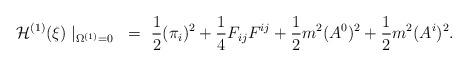
LaTeX: \begin{align*}{\cal H}^{(1)}(\xi) \mid_{\Omega^{(1)}=0} ~=~ \frac{1}{2} (\pi_i)^2 + \frac{1}{4}F_{ij}F^{ij} + \frac{1}{2} m^2 (A^0)^2 + \frac{1}{2} m^2 (A^i)^2.\end{align*}